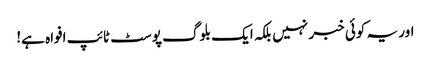
اور یہ کوئی خبر نہیں بلکہ ایک بلوگ پوسٹ ٹائپ افواہ ہے!